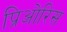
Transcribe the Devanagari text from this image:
प्रिओरिस